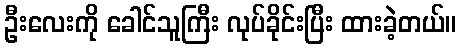
ဦးလေးကို ခေါင်သူကြီး လုပ်ခိုင်းပြီး ထားခဲ့တယ်။